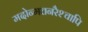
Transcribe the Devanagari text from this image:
मदोन्मत्तनरैश्‍चापि